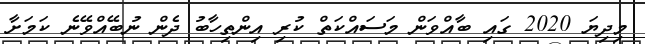
މިދިޔަ 2020 ގައި ބާއްވަން މަސައްކަތް ކުރި އިންތިހާބު ދެން ނުބޭއްވޭނެ ކަމަށާ